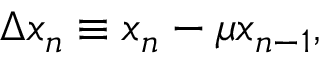
\Delta x _ { n } \equiv x _ { n } - \mu x _ { n - 1 } ,